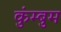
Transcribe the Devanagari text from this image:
कुंम्बुम